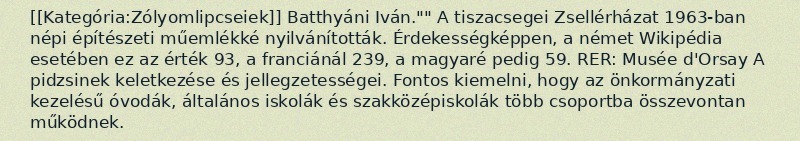
[[Kategória:Zólyomlipcseiek]] Batthyáni Iván."" A tiszacsegei Zsellérházat 1963-ban népi építészeti műemlékké nyilvánították. Érdekességképpen, a német Wikipédia esetében ez az érték 93, a franciánál 239, a magyaré pedig 59. RER: Musée d'Orsay A pidzsinek keletkezése és jellegzetességei. Fontos kiemelni, hogy az önkormányzati kezelésű óvodák, általános iskolák és szakközépiskolák több csoportba összevontan működnek.